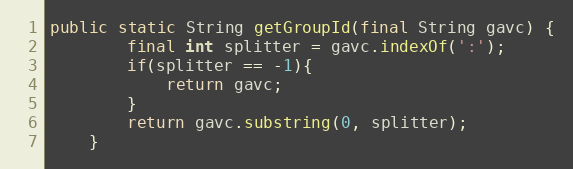
Language: Java
public static String getGroupId(final String gavc) {
        final int splitter = gavc.indexOf(':');
        if(splitter == -1){
            return gavc;
        }
        return gavc.substring(0, splitter);
    }